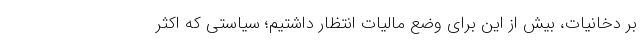
بر دخانیات، بیش از این برای وضع مالیات انتظار داشتیم؛ سیاستی که اکثر